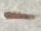
Text: -